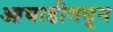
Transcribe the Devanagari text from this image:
आघाडीमधून